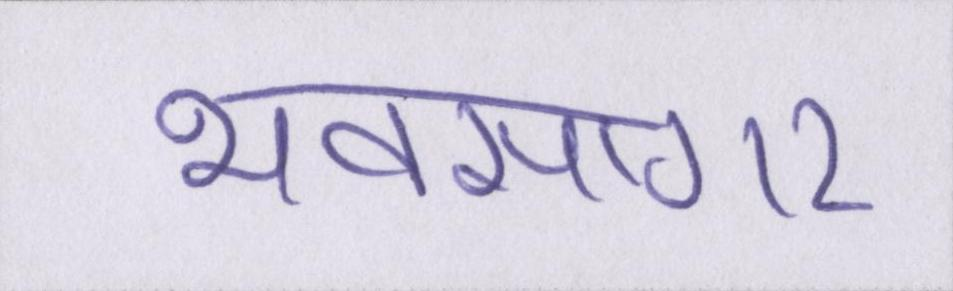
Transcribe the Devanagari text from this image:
भवसागर